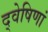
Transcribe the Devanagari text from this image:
द्वेषिणां